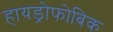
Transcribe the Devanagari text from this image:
हायड्रोफोबिक